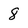
Character: 8